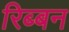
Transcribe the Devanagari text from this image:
रिब्बन